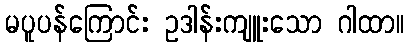
မပူပန်ကြောင်း ဥဒါန်းကျူးသော ဂါထာ။